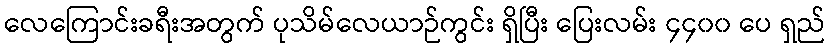
လေကြောင်းခရီးအတွက် ပုသိမ်လေယာဉ်ကွင်း ရှိပြီး ပြေးလမ်း ၄၄၀၀ ပေ ရှည်